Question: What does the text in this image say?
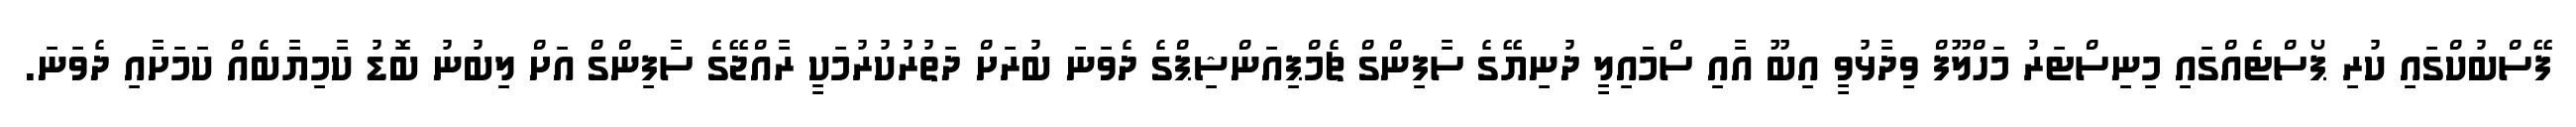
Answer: ފޭސްބުކްގައި ކުރި ޕޯސްޓެއްގައި މިނިސްޓަރު މަހްލޫފް ވިދާޅުވީ އިބޫ އާއި ސްމައިލީ ދުނިޔޭގެ ސާފިންގް ޗެމްޕިއަންޝިޕްގެ ދެވަނަ ބުރަށް ދަތުރުކުރުމަކީ ރާއްޖޭގެ ސާފިންގް އަށް ލިބުނު ބޮޑު ކާމިޔާބެއް ކަމަށާއި ދެވަނަ.